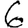
Digit: 6